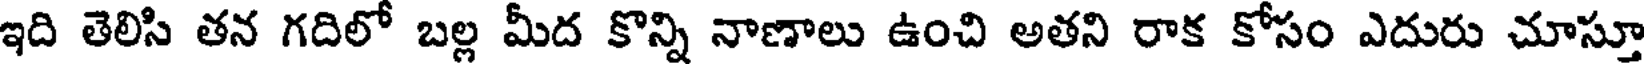
ఇది తెలిసి తన గదిలో బల్ల మీద కొన్ని నాణాలు ఉంచి అతని రాక కోసం ఎదురు చూస్తూ